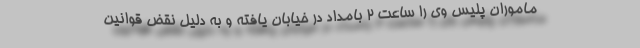
ماموران پلیس وی را ساعت 2 بامداد در خیابان یافته و به دلیل نقض قوانین